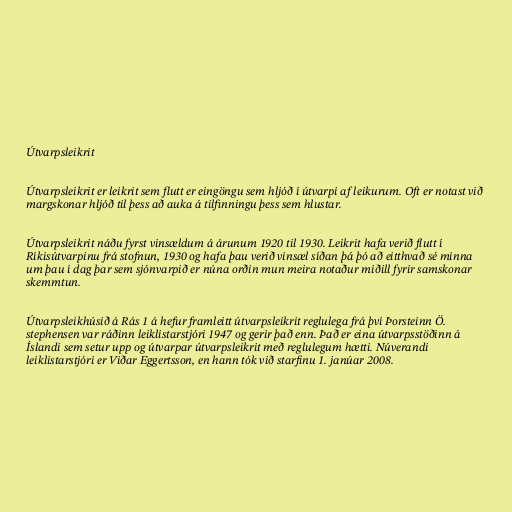
Útvarpsleikrit

Útvarpsleikrit er leikrit sem flutt er eingöngu sem hljóð í útvarpi af leikurum. Oft er notast við
margskonar hljóð til þess að auka á tilfinningu þess sem hlustar.

Útvarpsleikrit náðu fyrst vinsældum á árunum 1920 til 1930. Leikrit hafa verið flutt í
Ríkisútvarpinu frá stofnun, 1930 og hafa þau verið vinsæl síðan þá þó að eitthvað sé minna
um þau í dag þar sem sjónvarpið er núna orðin mun meira notaður miðill fyrir samskonar
skemmtun.

Útvarpsleikhúsið á Rás 1 á hefur framleitt útvarpsleikrit reglulega frá því Þorsteinn Ö.
stephensen var ráðinn leiklistarstjóri 1947 og gerir það enn. Það er eina útvarpsstöðinn á
Íslandi sem setur upp og útvarpar útvarpsleikrit með reglulegum hætti. Núverandi
leiklistarstjóri er Viðar Eggertsson, en hann tók við starfinu 1. janúar 2008.